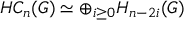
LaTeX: H C _ { n } ( G ) \simeq \oplus _ { i \geq 0 } H _ { n - 2 i } ( G )